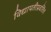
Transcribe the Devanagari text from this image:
विद्यापतीप्रवर्तित